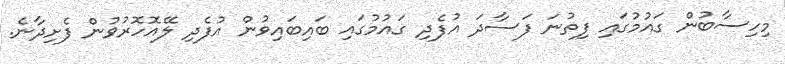
މިހިސާބުން ގައުމުގައި ފިތުނަ ފަސާދަ އުފެދި ގައުމުގައި ބައިބައިވުން އުފެދި ލޭއޮހޮރުވުން ފެށިދާނެ.